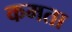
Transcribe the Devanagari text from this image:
कमता